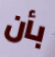
بأن